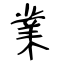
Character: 業